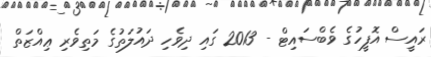
ރައީސް އޮފީހުގެ ވެބްސައިޓް - 2013 ގައި ދިވެހި ދައުލަތުގެ މަތިވެރި ޢިއްޒަތް